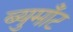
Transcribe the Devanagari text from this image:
ब्युमाँट